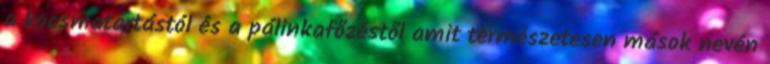
a kocsmatartástól és a pálinkafőzéstől amit természetesen mások nevén